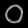
Digit: ၀